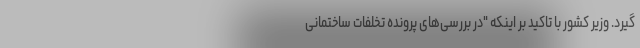
گیرد. وزیر کشور با تاکید بر اینکه "در بررسی‌های پرونده تخلفات ساختمانی